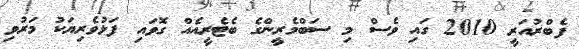
ފެބްރުއަރީ 2010 ގައި ވެސް މި ސަބްމެރީންގެ ބެޓެރީއެއް ގޮވައި ފަޅުވެރިޔަކު މަރުވި